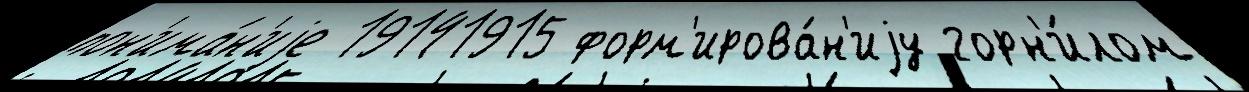
пон'има́н'иjе 19141915 форм'ирова́н'иjу горн'и́лом